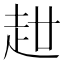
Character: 𧺧